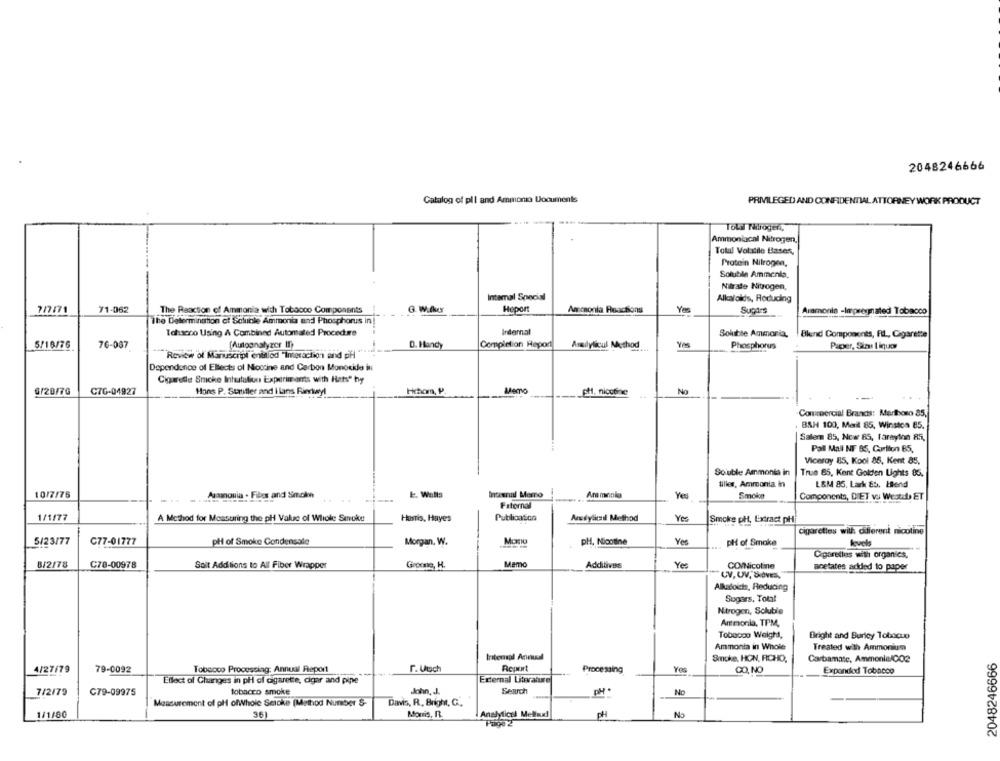
2048246666
Catalog of pll and Ammonia Documents
PRIVILEGED AND CONFIDENTIAL ATTORNEY WORK PRODUCT
Toll Malrogen,
Ammoniacal Nitrogen,
Total Volatile Bases,
Protein Nitrogen,
Solubile Ammonia.
Nitrate Nitrogen,
Intemal Special
Alkaloids, Reducing
7/7/71
71-062
The Raaction of Ammonia with Tobacco Components
G. W.llus
Hopon
Anconla Reactions
Sugars
Aramonin -Impregnated Tobacco
The Determination et Soluble Ammonia and Phosphorus in
Tahsono Using A Combined Automated Procedere
Internal
Soluble Ammonia.
Blind Components, FL ., Cigarette
5/18/76
76-087
Autoanalyzer IT
D. Handy
Completion Heport
Asdlylicul Method
Phosphorus
Paper, Stau Liquor
Review of Manuscripl enislod "Interaction and pH
Dependance of Ellects of Nicotine and Carbon Monoxide in
Cigarette Smoke Inhalation Experiments with Hats" hy
6/20/70
C76-04927
Hans P. Statifler and I lans Riertuyl
Hchom, P.
pH, nicotine
No
Commercial Brands: Marlboro 85,
. BSH 100, Menil 85, Winston 85.
Salem 85, Now 85, faraylon RS,
Pall Mall NF 85, Carlton B5,
Viceroy 85, Kool 86, Kent 85,
Soluble Ammonia in
True 85, Kent Golden Lights 85.
tilles, Ammonia in
L&M 85, Lark &5. Hend
10/7/76
Auamonia . Fibos and Smoke
k. Walls
Inteunul Memo
Armonia
Yes
Smolce
Components, DIET vs Westdb ET
Paternal
1/1/77
A Method for Measuring the pH Value of Whole Smoke
Hartis, Hayes
Publication
Aretylkail Method
Yes
Smoke ph, Extract pHi
cigarettes with different nicotine
5/23/77
C77-01777
pH of Smoke Condensate
pH, Nicotine
Yes
Morgan, W.
pH of Smoke
levels
Ciparelles with organics.
8/2/78
C70-00978
Soit Additions to All Fiber Wrapper
Groote, H.
Memo
Yes
Additives
CO/Nicotine
acetates added to paper
UV, UV, SIOVES,
Alladoichs, Reducing
Sugars, Total
Nitrogen, Soluble
Antmonia, TPM,
Tobacco Weight,
Bright and Burley Tolxicup
Ammonia in Whole
Treated with Ammonium
2048246666
Intensal Annul
Smoke, HON, RICHO,
Carbamate, AmmonielCO2
4/27/79
79-0092
Tobcoco Processing: Annual Report
F. Usch
Report
Processing
Yos
CO, NO
Expondod Tobacco
Ellect ol Changes in pH of cigarette, cigar and pipe
External Literature
7/2/79
C79-09975
tobacco smoke
John, J.
Search
PH
No
Measurement of pl ofWhole Seroke (Method Number S-
Davis, R ., Bright, C .,
1/1/80
36
Monis, I.
Analytical Mellsud
PH
No
Page 2.